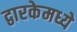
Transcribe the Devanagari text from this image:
द्वारकेमध्ये